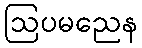
ဩပမညေန